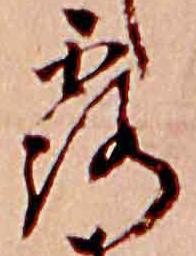
露